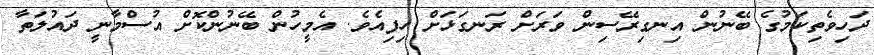
ދަހިވެތިކަމުގެ ބޭނުން އިނގިރޭސިން ވަރަށް ރަނގަޅަށް ހިފިއެވެ. އެމީހުން ބޭނުންކޮށް އުސްމާނީ ދައުލަތާ